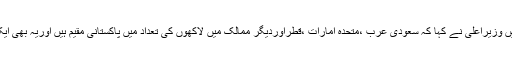
ایک اورسوال کے جواب میں وزیراعلیٰ نے کہا کہ سعودی عرب ،متحدہ امارات ،قطراوردیگر ممالک میں لاکھوں کی تعداد میں پاکستانی مقیم ہیں اوریہ بھی ایک قسم کا سی پیک ہی ہے ۔